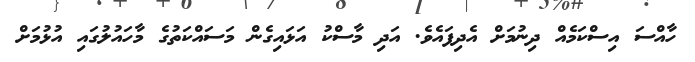
ހާއްސަ އިސްކަމެއް ދިނުމަށް އެދިފައެވެ. އަދި މާސްކު އަޅައިގެން މަސައްކަތުގެ މާހައުލުގައި އުޅުމަށް